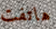
هاتفت